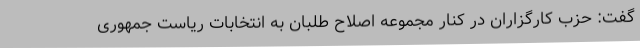
گفت: حزب کارگزاران در کنار مجموعه اصلاح طلبان به انتخابات ریاست جمهوری